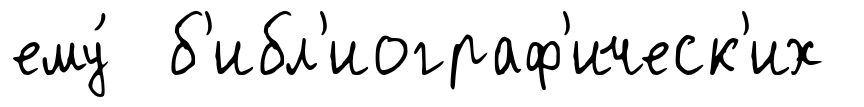
ему́ б'ибл'иограф'ическ'их